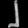
Digit: ၂